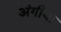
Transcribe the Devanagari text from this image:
अंगीथा